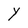
Character: Y